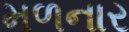
મળનાર